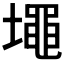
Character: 𰊷